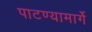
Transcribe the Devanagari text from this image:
पाटण्यामार्गे